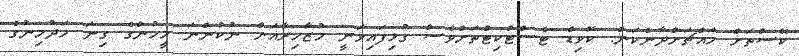
ކޭސްތަށް މައްޗަށްދާނެކަން. ކޮވިޑް ޓެސްޓްކިޓްތަށްވެސް ގުޅިފައިވަނީ މުޒާހިރާއަށް ނުކުންނަ މީހުންގެ ގިނަ މަދުމިނުގެ